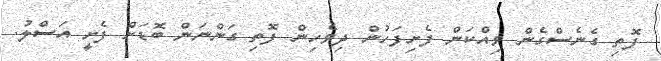
ފޮތި ގެނެސްގެން ވިއްކަން ފެށިފަހުން ދިވެހިން ފޮތި ގަންނަން ބޮޑަށް ފެށީ އަސްލު.